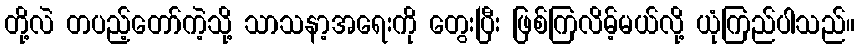
တို့လဲ တပည့်တော်ကဲ့သို့ သာသနာ့အရေးကို တွေးပြီး ဖြစ်ကြလိမ့်မယ်လို့ ယုံကြည်ပါသည်။